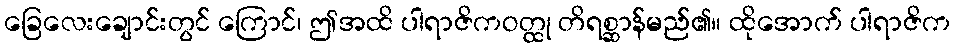
ခြေလေးချောင်းတွင် ကြောင်၊ ဤအထိ ပါရာဇိကဝတ္ထု တိရစ္ဆာန်မည်၏။ ထိုအောက် ပါရာဇိက